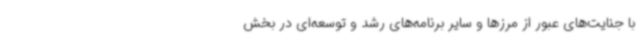
با جنایت‌های عبور از مرزها و سایر برنامه‌های رشد و توسعه‌ای در بخش